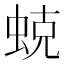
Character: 𱿣